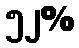
၅၂%